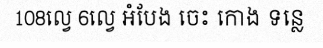
108ល្វេ 6ល្វេ អំបែង ចេះ កោង ទន្លេ